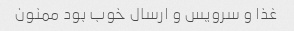
غذا و سرویس و ارسال خوب بود ممنون